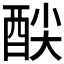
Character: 𮠦